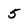
Character: 5